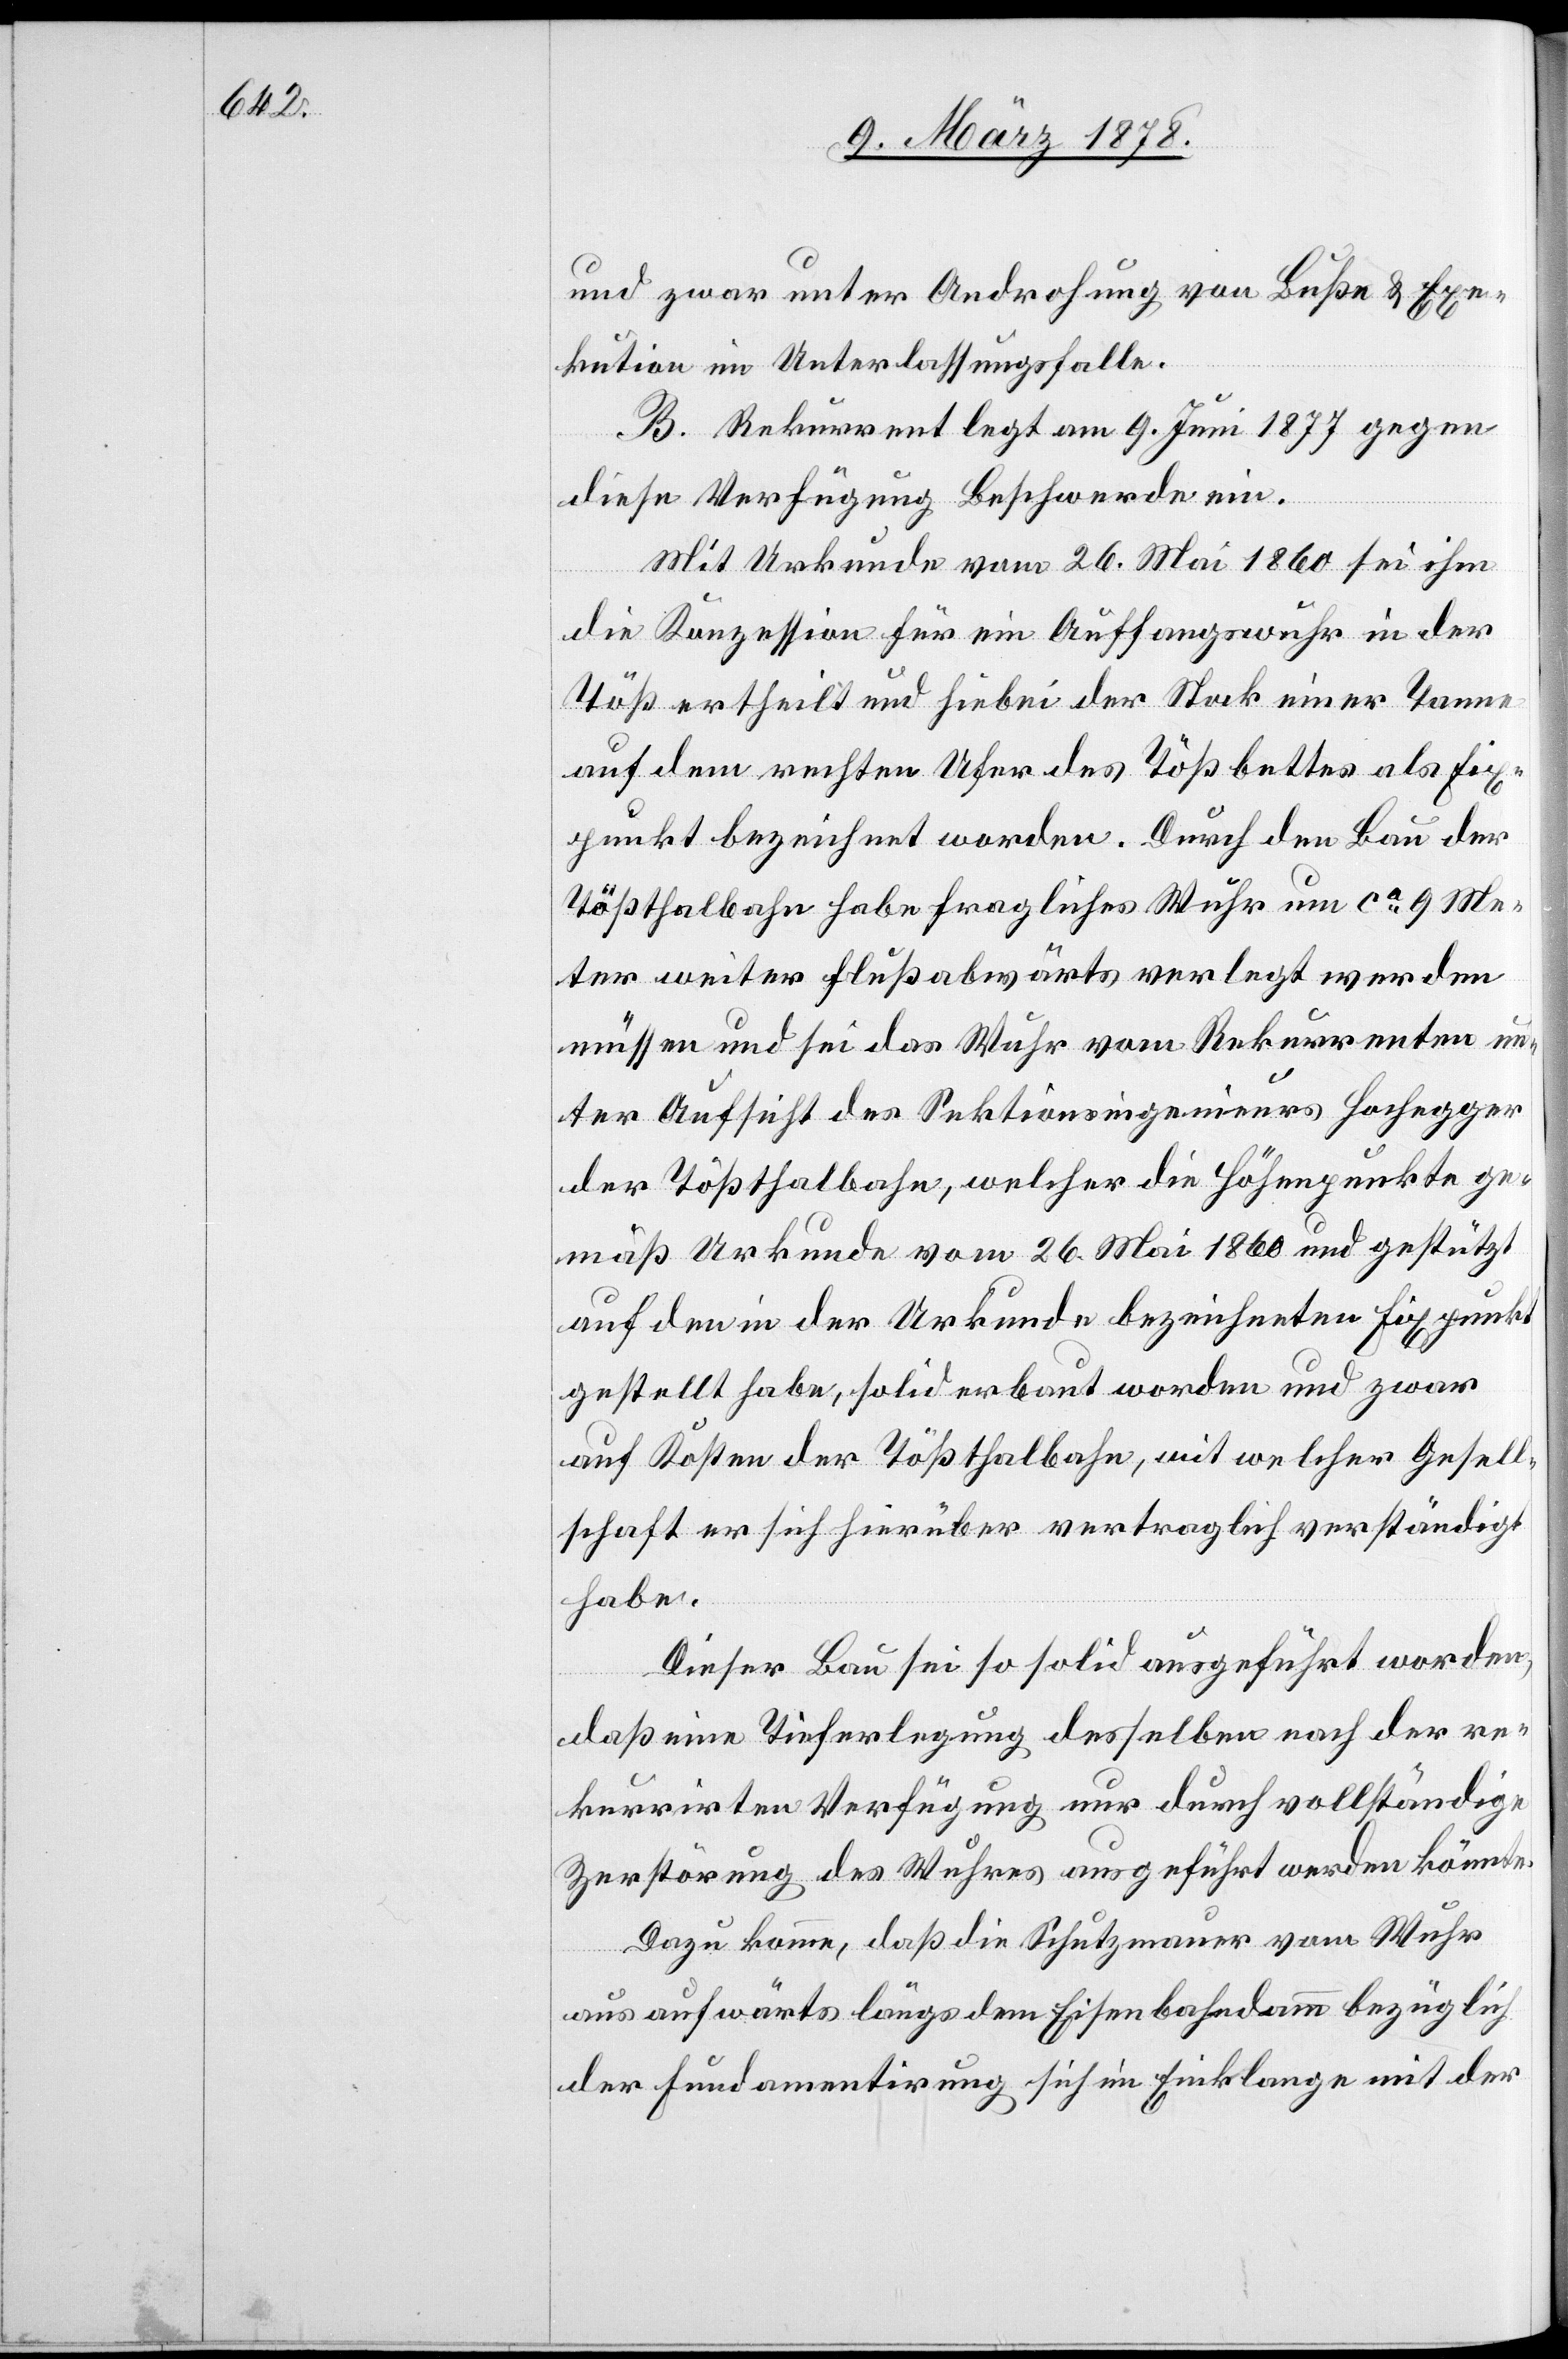
und zwar unter Androhung von Buße & Exe¬
kution im Unterlassungsfalle.
B. Rekurrent legt am 9. Juni 1877 gegen
diese Verfügung Beschwerde ein.
Mit Urkunde vom 26. Mai 1860 sei ihm
die Konzession für ein Auffangswuhr in der
Töß ertheilt und hiebei der Stock einer Tanne
auf dem rechten Ufer des Tößbettes als Fix¬
punkt bezeichnet worden. Durch den Bau der
Tößthalbahn habe fragliches Wuhr um ca 9 Me¬
ter weiter flussabwärts verlegt werden
müssen und sei das Wuhr vom Rekurrenten un¬
ter Aufsicht des Sektionsingenieurs Hochegger
der Tößthalbahn, welcher die Höhenpunkte ge¬
mäß Urkunde vom 26. Mai 1860 und gestützt
auf den in der Urkunde bezeichneten Fixpunkt
gestellt habe, solid erbaut worden und zwar
auf Kosten der Tößthalbahn, mit welcher Gesell¬
schaft er sich hierüber vertraglich verständigt
habe.
Dieser Bau sei so solid ausgeführt worden,
daß eine Tieferlegung desselben nach der re¬
kurrirten Verfügung nur durch vollständige
Zerstörung des Wuhres ausgeführt werden könnte.
Dazu komme, daß die Schutzmauer vom Wuhr
aus aufwärts längs dem Eisenbahndamm bezüglich
der Fundamentirung sich im Einklange mit der